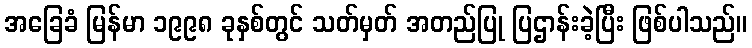
အခြေခံ မြန်မာ ၁၉၉၈ ခုနှစ်တွင် သတ်မှတ် အတည်ပြု ပြဌာန်းခဲ့ပြီး ဖြစ်ပါသည်။